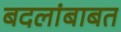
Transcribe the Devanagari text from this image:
बदलांबाबत